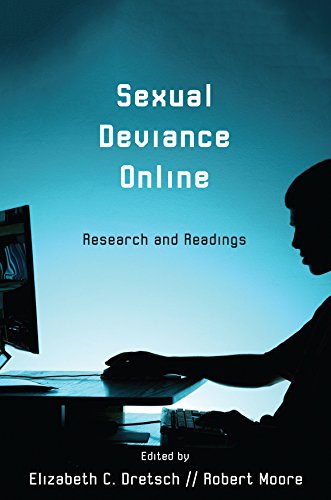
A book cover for Sexual Deviance Online: Research and Readings; Elizabeth C. Dretsch; Computers & Technology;